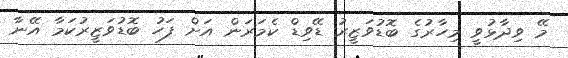
މޭ ވިދާޅުވީ މިހާރުގެ ބޮޑުވަޒީރު ޑޭވިޑް ކެމަރަން އަށް ފަހު ބޮޑުވަޒީރުކަމާ އޭނާ